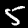
Label: 5